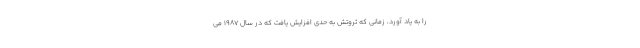
را به یاد آورد، زمانی که ثروتش به حدی افزایش یافت که در سال ۱۹۸۷ می